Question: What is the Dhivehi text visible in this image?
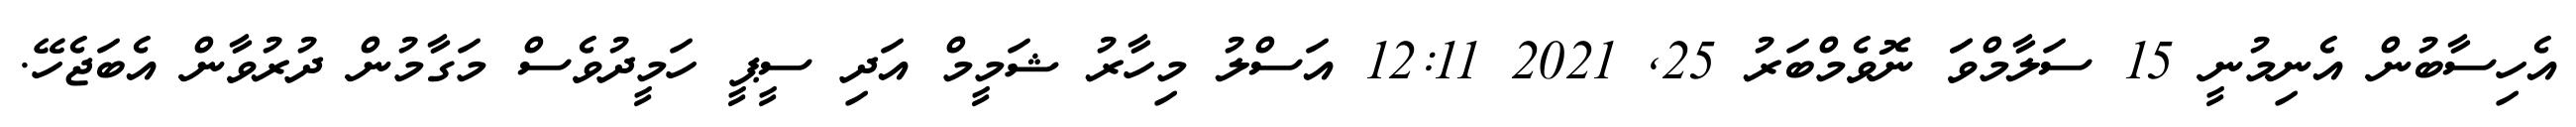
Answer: އެހިސާބުން އެނިމުނީ 15 ސަލާމްވަަ ނޮވެމްބަރު 25, 2021 12:11 އަސްލު މިހާރު ޝަމީމް އަދި ސީޕީ ހަމީދުވެސް މަގާމުން ދުރުވާން އެބަޖެހޭ.